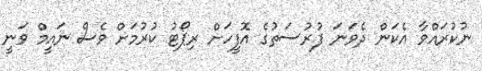
ނުކުރައްވާ އެކަން ދެވަނަ ފުރުސަތުގެ އޮފީހަށް ރިޕޯޓު ކުރުމަށް ވެސް ނައީމް ވަނީ